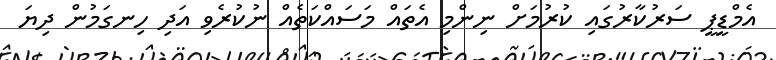
އެމްޑީޕީ ސަރުކާރުގައި ކުރުމަށް ނިިންމި އެތައް މަސައްކަތެއް ނުކުރެވި އަދި ހިނގަމުން ދިޔަ